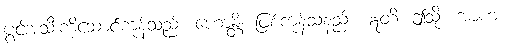
ပွင့်အသီးကိုဆောင်ကုန်သည်။ ဟောန္တိ၊ ဖြစ်ကုန်သနည်း။ ဣတိ၊ ဤသို့။ အာဟ၊